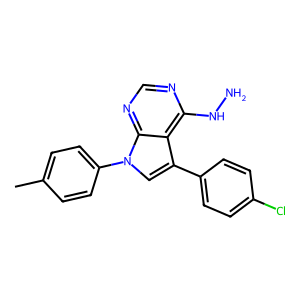
SMILES: Cc1ccc(-n2cc(-c3ccc(Cl)cc3)c3c(NN)ncnc32)cc1
Inhibits HIV replication: No